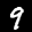
Label: 9